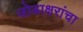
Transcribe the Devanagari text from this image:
जोडाक्षरांचा